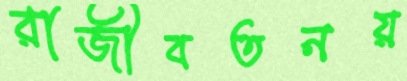
রাজীবতনয়